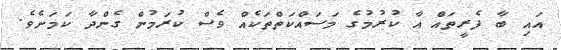
އައި ބާ ފެރީތައް އާ ކުރުމުގެ މަސައްކަތްތަކެއް ވެސް ކުރަމުން ގެންދާ ކަމަށެވެ.